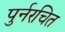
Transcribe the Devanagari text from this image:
पुर्नरचित